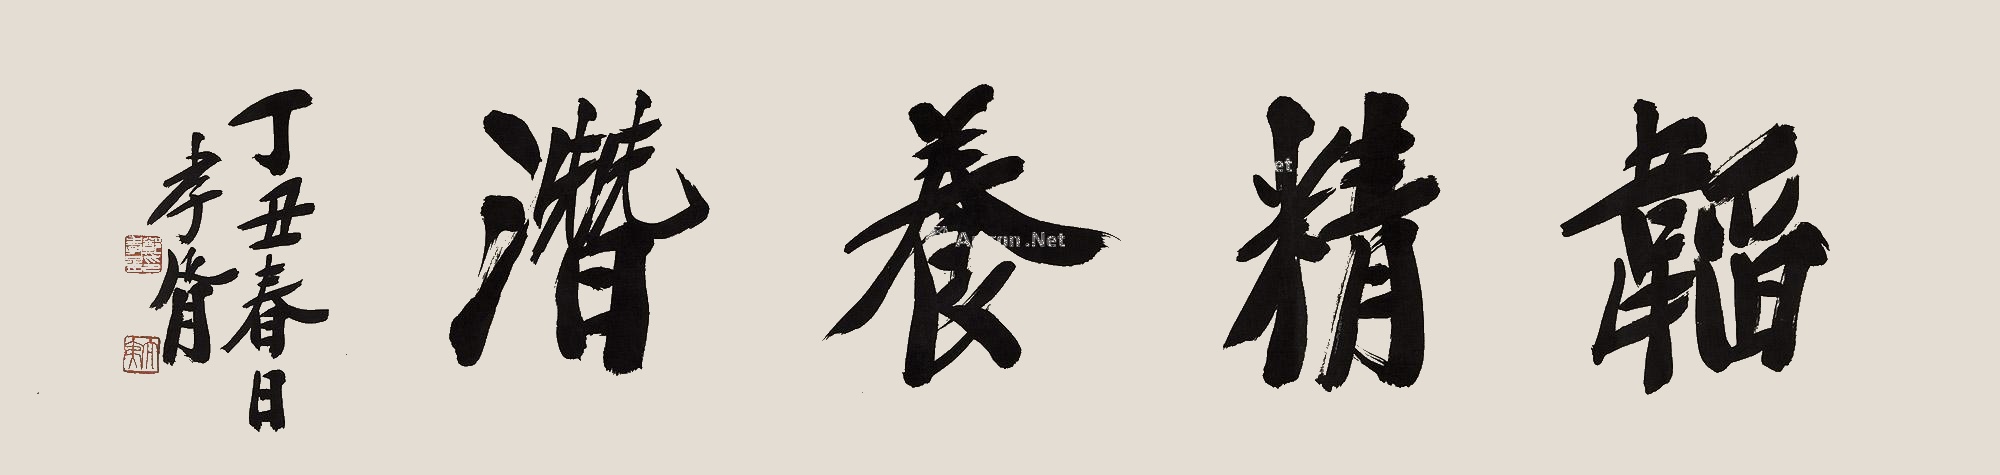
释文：韬精养濳丁丑春日，孝胥。